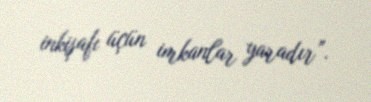
inkişafı üçün imkanlar yaradır”.